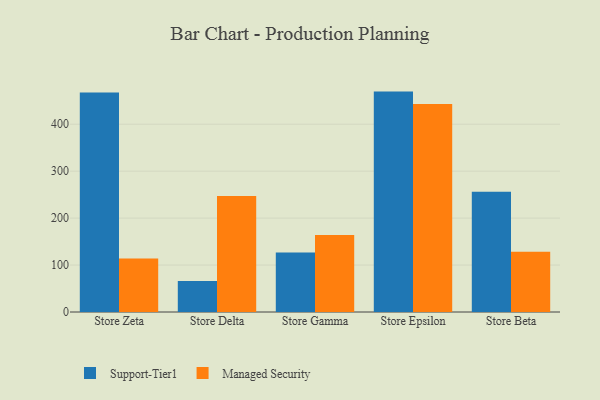
{"axis": {"x": "Store", "y": "Demand Index"}, "legend": ["Managed Security", "Support-Tier1"], "data": [{"x": "Store Zeta", "y": 467.4, "type": "Support-Tier1"}, {"x": "Store Zeta", "y": 114.1, "type": "Managed Security"}, {"x": "Store Delta", "y": 65.8, "type": "Support-Tier1"}, {"x": "Store Delta", "y": 247.1, "type": "Managed Security"}, {"x": "Store Gamma", "y": 126.7, "type": "Support-Tier1"}, {"x": "Store Gamma", "y": 163.8, "type": "Managed Security"}, {"x": "Store Epsilon", "y": 469.5, "type": "Support-Tier1"}, {"x": "Store Epsilon", "y": 443.1, "type": "Managed Security"}, {"x": "Store Beta", "y": 255.9, "type": "Support-Tier1"}, {"x": "Store Beta", "y": 128.2, "type": "Managed Security"}]}